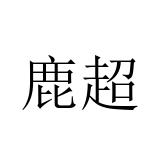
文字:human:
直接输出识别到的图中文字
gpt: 鹿超